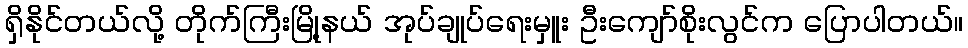
ရှိနိုင်တယ်လို့ တိုက်ကြီးမြို့နယ် အုပ်ချုပ်ရေးမှူး ဦးကျော်စိုးလွင်က ပြောပါတယ်။